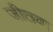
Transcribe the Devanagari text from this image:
जीतवा